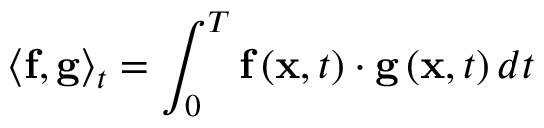
{ \left\langle { { \bf { f } } , { \bf { g } } } \right\rangle _ { t } } = \int _ { 0 } ^ { T } { { \bf { f } } \left( { { \bf { x } } , t } \right) \cdot { \bf { g } } \left( { { \bf { x } } , t } \right) d t }